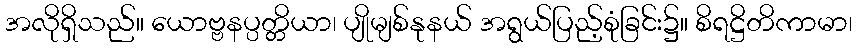
အလိုရှိသည်။ ယောဗ္ဗနပ္ပတ္တိယာ၊ ပျိုမျစ်နုနယ် အရွယ်ပြည့်စုံခြင်း၌။ စိရဋ္ဌိတိကာမာ၊